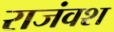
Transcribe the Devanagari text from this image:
राजंवश